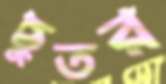
ছুতর